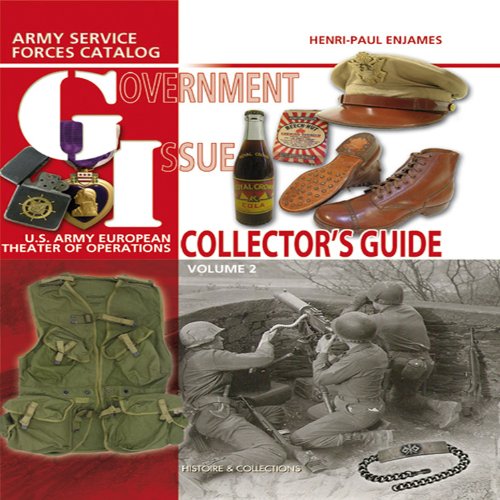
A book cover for GI Collector's Guide, Vol. 2: U.S. Army European Theater of Operations; Henri-Paul Enjames; Crafts, Hobbies & Home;